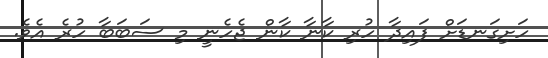
ހަށިގަނޑަށް ފައިދާ ހުރި ކާނާ ކާން ޖެހެނީ މި ސަބަބާ ހުރެ އެވެ.